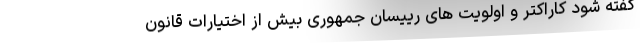
گفته شود کاراکتر و اولویت های رییسان جمهوری بیش از اختیارات قانون